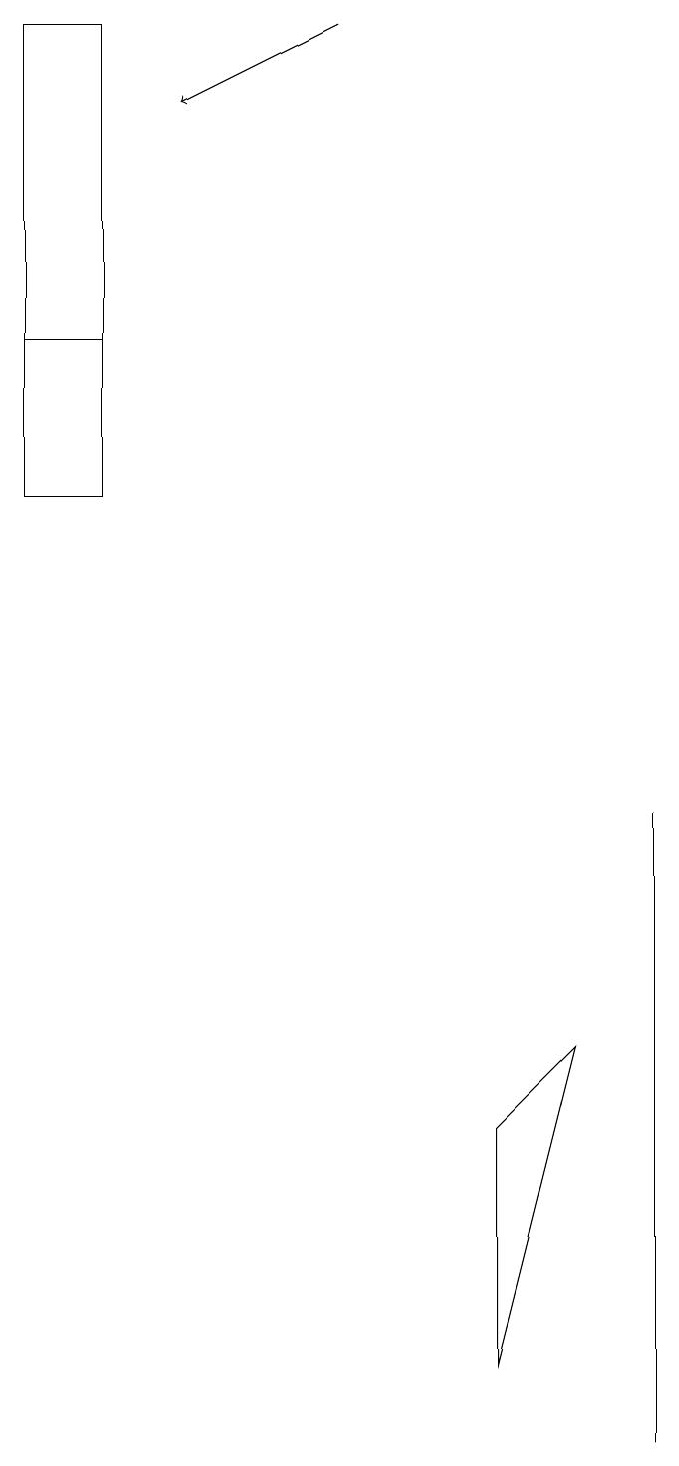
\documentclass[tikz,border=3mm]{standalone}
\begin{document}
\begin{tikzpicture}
\draw[->] (4,18) -- (2,17);
\draw (1,18) rectangle (0,12);
\draw (6,4) -- (6,1) -- (7,5) -- cycle;
\draw (8,0) -- (8,8) -- (8,6) -- cycle;
\draw (1,18) rectangle (0,14);
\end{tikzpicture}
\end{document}